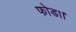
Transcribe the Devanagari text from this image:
फोडा।